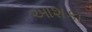
આશકા